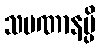
သမဏာနမ္ပိ